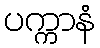
ပက္ကာနံ